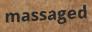
massaged